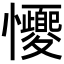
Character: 𢥝